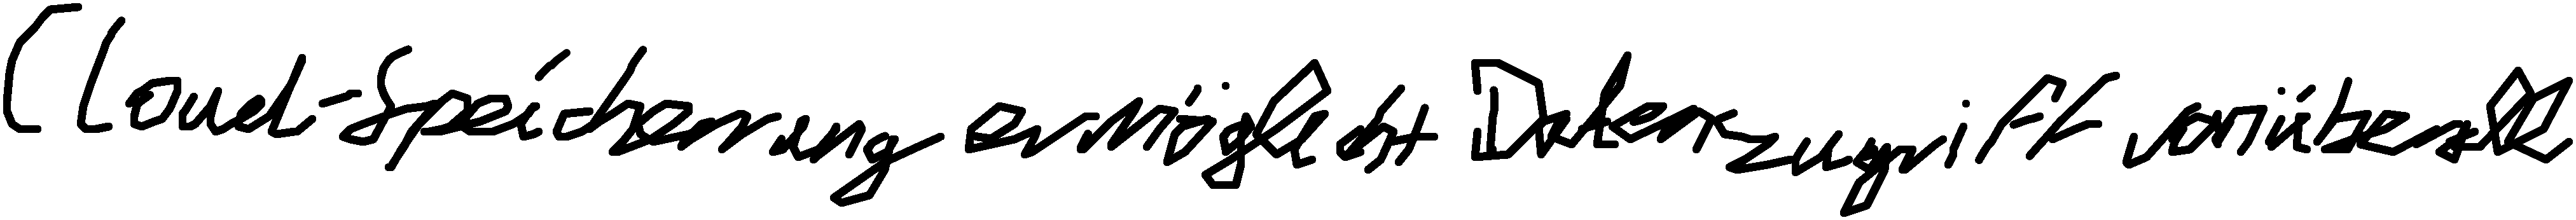
Cloud-Speicherung ermöglicht Datenzugriff von überall.